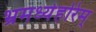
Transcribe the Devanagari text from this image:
भ्रमध्येहरिम्